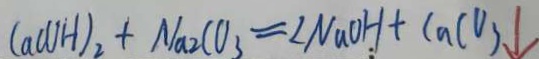
C a ( O H ) _ { 2 } + N a 2 C O _ { 3 } = \angle N a O H + C a C O _ { 3 } \downarrow